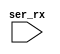
module tbuart (
	input  ser_rx
);
	reg [3:0] recv_state;
	reg [2:0] recv_divcnt;
	reg [7:0] recv_pattern;
	reg [8*50-1:0] recv_buf_data;	// 50 characters.  Increase as needed for tests.

	reg clk;

	initial begin
		clk <= 1'b0;
		recv_state <= 0;
		recv_divcnt <= 0;
		recv_pattern <= 0;
		recv_buf_data <= 0;
	end

	// NOTE:  Running at 3.0us clock period @ 5 clocks per bit = 15.0us per
	// bit ~= 64 kbaud. Not tuned to any particular UART.  Most run at
	// 9600 baud default and will bounce up to higher baud rates when
	// passed specific command words.

	always #1500 clk <= (clk === 1'b0);

	always @(posedge clk) begin
		recv_divcnt <= recv_divcnt + 1;
		case (recv_state)
			0: begin
				if (!ser_rx)
					recv_state <= 1;
				recv_divcnt <= 0;
			end
			1: begin
				if (2*recv_divcnt > 3'd3) begin
					recv_state <= 2;
					recv_divcnt <= 0;
				end
			end
			10: begin
				if (recv_divcnt > 3'd3) begin
					// 0x0a = '\\\\\\\\\\\\\\\\\\\\\\\\\\\\\\\\n'
					if (recv_pattern == 8'h0a) begin
						$display("output: %s", recv_buf_data);
					end else begin
						recv_buf_data <= {recv_buf_data, recv_pattern};
					end
					recv_state <= 0;
				end
			end
			default: begin
				if (recv_divcnt > 3'd3) begin
					recv_pattern <= {ser_rx, recv_pattern[7:1]};
					recv_state <= recv_state + 1;
					recv_divcnt <= 0;
				end
			end
		endcase
	end

endmodule